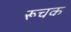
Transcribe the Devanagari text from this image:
रूचक